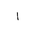
Letter: _alif